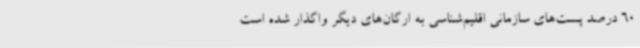
60 درصد پست‌های سازمانی اقلیم‌شناسی به ارگان‌های دیگر واگذار شده است